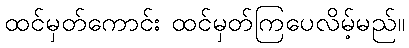
ထင်မှတ်ကောင်း ထင်မှတ်ကြပေလိမ့်မည်။